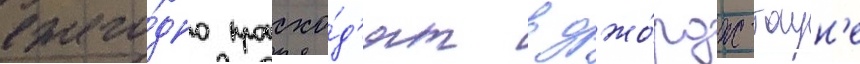
ежего́дно происхо́д'ят в джо́рдж-таун'е